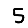
Digit: 5